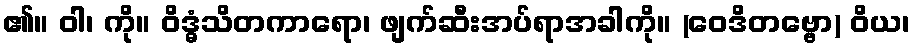
၏။ ဝါ၊ ကို။ ဝိဒ္ဓံသိတကာရော၊ ဖျက်ဆီးအပ်ရာအခါကို။ (ဝေဒိတဗ္ဗော) ဝိယ၊